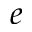
e